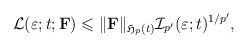
\begin{align*}\mathcal{L}(\varepsilon ; t; {\mathbf F}) \leqslant \Vert \mathbf{F}\Vert _{\mathfrak{H}_p (t)}\mathcal{I}_{p'}(\varepsilon ; t)^{1/p'},\end{align*}